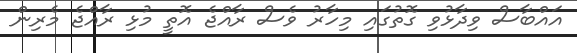
އައްބާސް ވިދާޅުވި ގޮތުގައި މިހާރު ވެސް ރާއްޖެ އޮތީ މުޅި ރާއްޖެ މެރިން